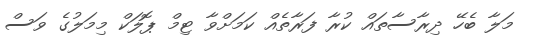
މަލާ ބެހޭ ދިރާސާތައް ކުރާ ފަރާތެއް ކަމަށްވާ ޓިމް ޕޮލަކް މިމަލުގެ ވަސް